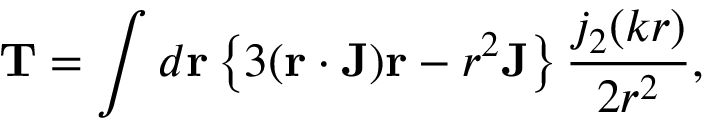
\mathbf { T } = \int d \mathbf { r } \left\lbrace 3 ( \mathbf { r } \cdot \mathbf { J } ) \mathbf { r } - r ^ { 2 } \mathbf { J } \right\rbrace \frac { j _ { 2 } ( k r ) } { 2 r ^ { 2 } } ,